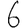
Digit: 6